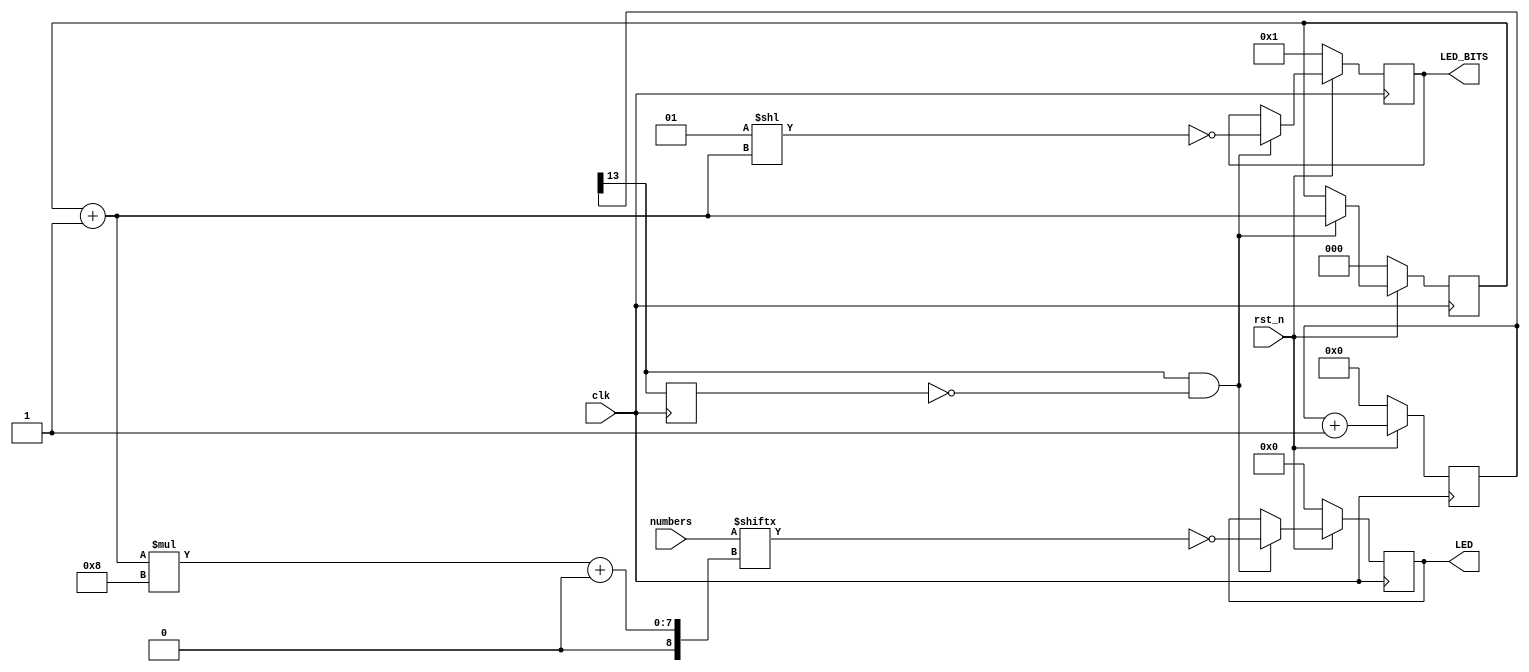
`timescale 1ns / 1ps

module seg7 (
    
    input clk,
    input rst_n,
    input[63:0] numbers,
    output reg[7:0] LED_BITS,
    output reg[7:0] LED
);

    reg [2:0] LED_activating_counter;

    reg [13:0] cnt;

    always @(posedge clk) begin
        if (!rst_n) begin
            cnt <= 0;
        end else begin
            cnt <= cnt + 1;
        end
    end

    wire div_clk = cnt[13] == 1;
    reg  div_clk_d0;
    always @(posedge clk) div_clk_d0 <= div_clk;
    wire div_clk_posedge = div_clk && !div_clk_d0;

    always @(posedge clk) begin
        if(!rst_n) begin
            LED_activating_counter <= 0;
            LED_BITS <= 8'b0000_0001;
            LED <= 0;
        end else begin
            if (div_clk_posedge) begin
                LED_activating_counter = LED_activating_counter + 1;
                LED_BITS <= ~(1 << LED_activating_counter);
                LED <= ~numbers[LED_activating_counter*8+:8];        
            end else begin
                LED_activating_counter <= LED_activating_counter;
                LED_BITS <= LED_BITS;
                LED <= LED;
            end
        end
    end


endmodule